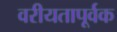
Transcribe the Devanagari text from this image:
वरीयतापूर्वक